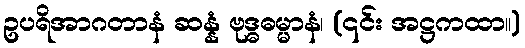
ဥပရိအာဂတာနံ ဆန္နံ ဗုဒ္ဓဓမ္မာနံ၊ (၎င်း အဋ္ဌကထာ။)